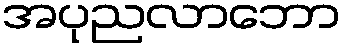
အပုညလာဘော